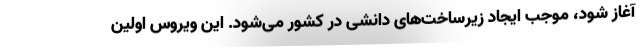
آغاز شود، موجب ایجاد زیرساخت‌های دانشی در کشور می‌شود. این ویروس اولین